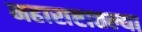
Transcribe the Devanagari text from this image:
महाराष्टातल्या